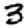
Digit: 3